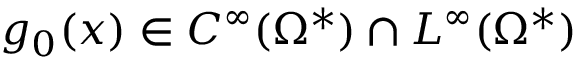
g _ { 0 } ( x ) \in C ^ { \infty } ( \Omega ^ { * } ) \cap L ^ { \infty } ( \Omega ^ { * } )